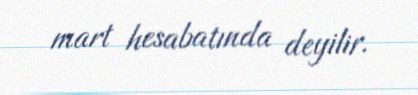
mart hesabatında deyilir.